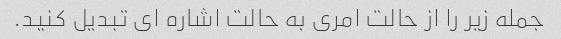
جمله زیر را از حالت امری به حالت اشاره ای تبدیل کنید.